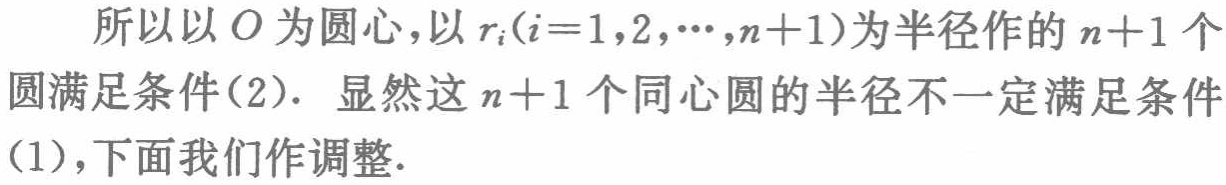
所以以 \(O\) 为圆心，以 \(r_{i}(i = 1,2,\cdots,n + 1)\) 为半径作的 \(n + 1\) 个圆满足条件(2). 显然这 \(n + 1\) 个同心圆的半径不一定满足条件(1)，下面我们作调整.